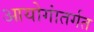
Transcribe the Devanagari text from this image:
आयोगांतर्गत